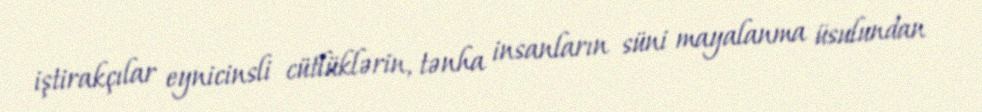
iştirakçılar eynicinsli cütlüklərin, tənha insanların süni mayalanma üsulundan